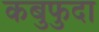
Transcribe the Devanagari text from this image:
कबुफुदा